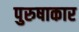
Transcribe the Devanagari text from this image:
पुरुषाकार